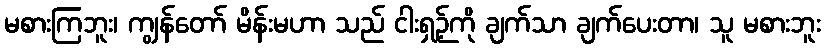
မစားကြဘူး၊ ကျွန်တော် မိန်းမဟာ သည် ငါးရှဉ့်ကို ချက်သာ ချက်ပေးတာ၊ သူ မစားဘူး